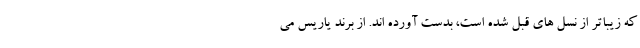
که زیباتر از نسل های قبل شده است، بدست آورده اند. از برند یاریس می